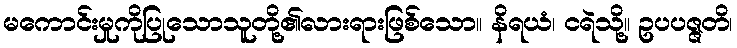
မကောင်းမှုကိုပြုသောသူတို့၏လားရားဖြစ်သော။ နိရယံ၊ ငရဲသို့။ ဥပပဇ္ဇတိ၊